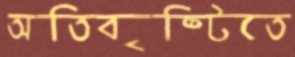
অতিবৃষ্টিতে